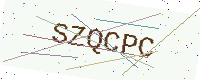
Text: SZQCPC